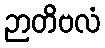
ဉာတိဗလံ